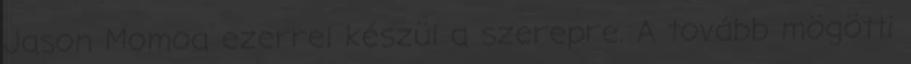
Jason Momoa ezerrel készül a szerepre. A tovább mögötti